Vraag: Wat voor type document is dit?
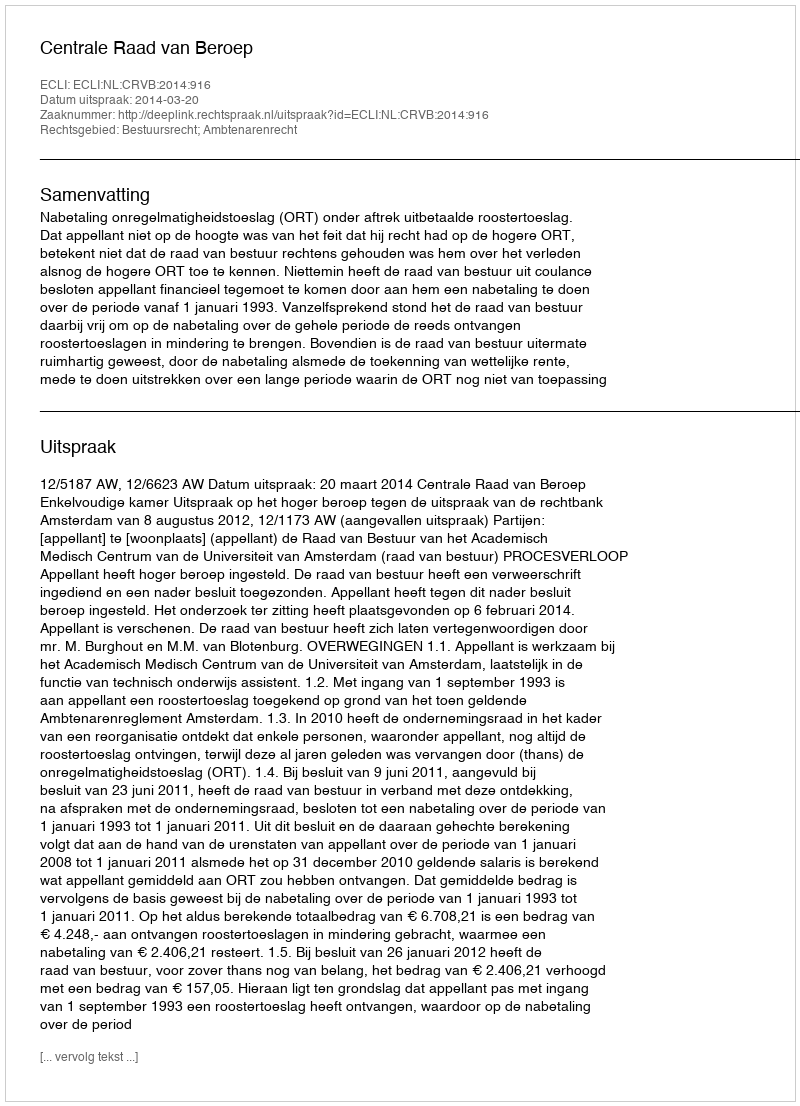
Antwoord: Uitspraak